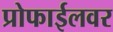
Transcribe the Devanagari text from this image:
प्रोफाईलवर